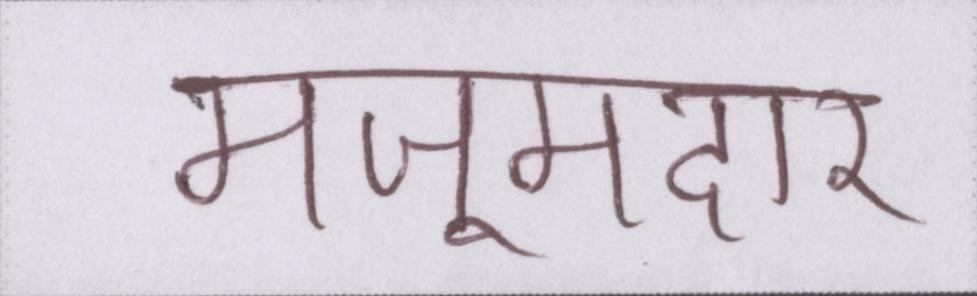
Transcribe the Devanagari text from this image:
मजूमदार